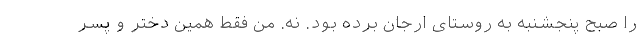
را صبح پنجشنبه به روستای ارجان برده بود. نه. من فقط همین دختر و پسر